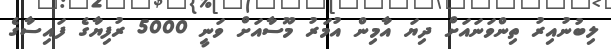
ލިބުނުއިރު ތިންވަނައަށް ދިޔަ އާމިން އުމަރު މޫސާއަށް ވަނީ 5000 ރުފިޔާގެ ފައިސާގެ